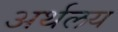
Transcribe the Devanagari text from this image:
अर्थलय